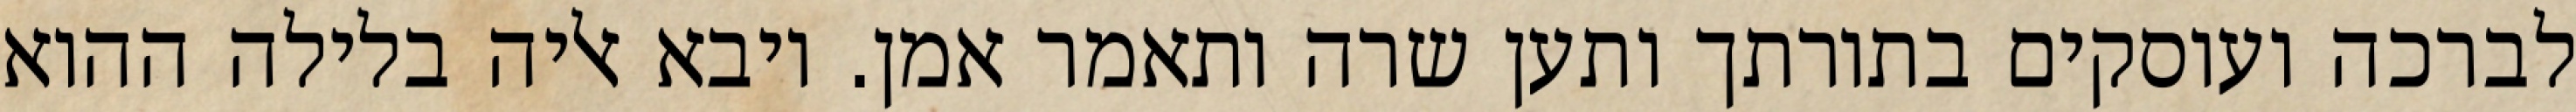
לברכה ועוסקים בתורתך ותען שרה ותאמר אמן. ויבא אליה בלילה ההוא